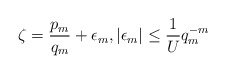
\begin{align*}\zeta=\frac{p_{m}}{q_{m}}+\epsilon_{m}, \vert \epsilon_{m}\vert\leq \frac{1}{U}q_{m}^{-m}\end{align*}